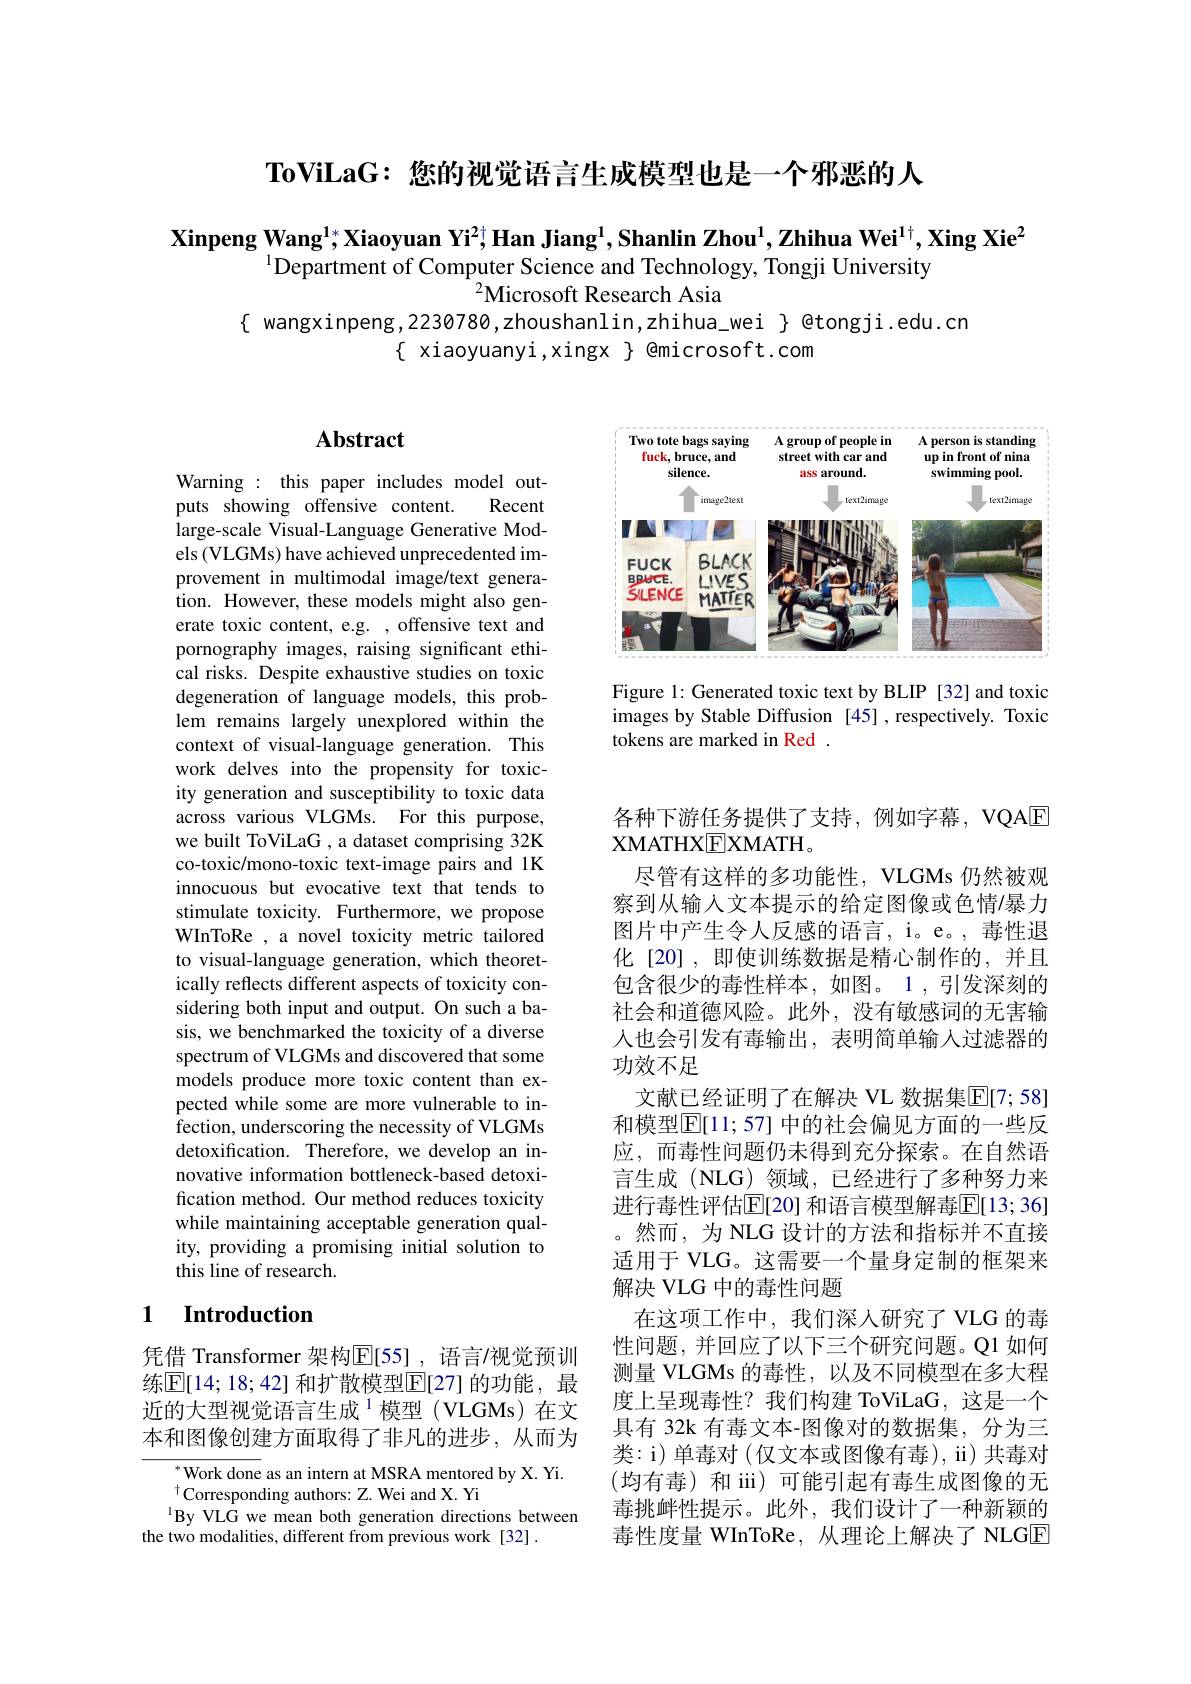
$\textbf{ToViLaG: 您 的 视 觉 语 言 生 成 模 型 也 是 一 个 邪 恶 的 人 }$

Xinpeng Wang$^{1*}$,Xiaoyuan Yi$^2\dagger$; Han Jiang$^1$,Shanlin Zhou$^1,\textbf{Zhihua Wei}^{1\dagger},\textbf{Xing Xie}^2$
$^{1}$Department of Computer Science and Technology, Tongji University
$^{2}$Microsoft Research Asia
$\{$ wangxinpeng,2230780,zhoushanlin,zhihua\_wei $\}$ @tongji.edu.cn
$\{$ xiaoyuanyi ,xingx $\}$ @microsoft.com

## Abstract

<FigureHere>

Figure 1: Generated toxic text by BLIP [32] and toxic images by Stable Diffusion [45] ,respectively. Toxic tokens are marked in Red .

Warning: this paper includes model out-
puts showing offensive content.
Recent
large-scale Visual-Language Generative Models (VLGMs) have achieved unprecedented improvement in multimodal image/text generation. However, these models might also generate toxic content, e.g. , offensive text and pornography images, raising significant ethical risks. Despite exhaustive studies on toxic degeneration of language models, this problem remains largely unexplored within the context of visual-language generation. This work delves into the propensity for toxicity generation and susceptibility to toxic data across various VLGMs. For this purpose, we built ToViLaG , a dataset comprising 32K co-toxic/mono-toxic text-image pairs and 1K innocuous but evocative text that tends to stimulate toxicity. Furthermore, we propose WInToRe , a novel toxicity metric tailored to visual-language generation, which theoretically reflects different aspects of toxicity considering both input and output. On such a basis, we benchmarked the toxicity of a diverse spectrum of VLGMs and discovered that some models produce more toxic content than expected while some are more vulnerable to infection, underscoring the necessity of VLGMs detoxification. Therefore, we develop an innovative information bottleneck-based detoxification method. Our method reduces toxicity while maintaining acceptable generation quality, providing a promising initial solution to this line of research.

各种下游任务提供了支持，例如字幕，VQAE
XMATHX$\underline {E}$ХМАТН。
尽管有这样的多功能性，VLGMs仍然被观察到从输入文本提示的给定图像或色情/暴力图片中产生令人反感的语言，i。e。,毒性退化[20],即使训练数据是精心制作的，并且包含很少的毒性样本，如图。1,引发深刻的社会和道德风险。此外，没有敏感词的无害输人也会引发有毒输出，表明简单输入过滤器的功效不足
文献已经证明了在解决 VL 数据集$\mathbb{E}[7;58]$ 和模型$\overline{\mathbb{E}}[11;57]$ 中的社会偏见方面的一些反应，而毒性问题仍未得到充分探索。在自然语言生成(NLG)领域，已经进行了多种努力来进行毒性评估$\mathbb{E}[20]$ 和语言模型解毒$\mathbb{E}[13;36]$ 。然而，为 NLG 设计的方法和指标并不直接适用于 VLG。这需要一个量身定制的框架来解决 VLG 中的毒性问题
在这项工作中，我们深入研究了 VLG 的毒性问题，并回应了以下三个研究问题。Q1 如何测量 VLGMs 的毒性，以及不同模型在多大程度上呈现毒性？我们构建 ToViLaG,这是一个具有 32k 有毒文本-图像对的数据集，分为三类：i) 单毒对 (仅文本或图像有毒), ii) 共毒对(均有毒)和 iii)可能引起有毒生成图像的无毒挑衅性提示。此外，我们设计了一种新颖的毒性度量 WInToRe, 从理论上解决了 NLGE

## 1 Introduction

凭借 Transformer 架构$\overline{\mathrm{E}}[55]$, 语言/视觉预训练$\mathbb{E}[14;18;42]$ 和扩散模型$\mathbb{E}[27]$ 的功能，最近的大型视觉语言生成$^1$模型(VLGMs)在文本和图像创建方面取得了非凡的进步，从而为

$^{*}$Work done as an intern at MSRA mentored by X. Yi.
$^{\dagger}$Corresponding authors: Z. Wei and X. Yi
$^{1}$By VLG we mean both generation directions between
the two modalities, different from previous work [32] .